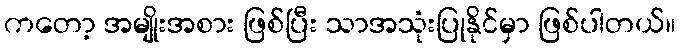
ကတော့ အမျိုးအစား ဖြစ်ပြီး သာအသုံးပြုနိုင်မှာ ဖြစ်ပါတယ်။